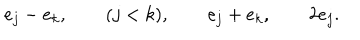
e _ { j } - e _ { k } , \qquad ( j < k ) , \qquad e _ { j } + e _ { k } , \qquad 2 e _ { j } .